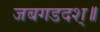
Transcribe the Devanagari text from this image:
जबगडदश्॥